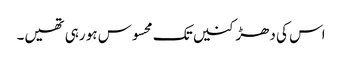
اس کی دھڑکنیں تک محسوس ہو رہی تھیں۔